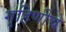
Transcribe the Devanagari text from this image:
गृहिणीचे